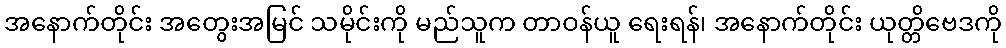
အနောက်တိုင်း အတွေးအမြင် သမိုင်းကို မည်သူက တာဝန်ယူ ရေးရန်၊ အနောက်တိုင်း ယုတ္တိဗေဒကို